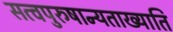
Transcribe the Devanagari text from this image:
सत्वपुरुषान्यताख्याति